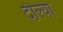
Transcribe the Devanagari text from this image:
दील्या